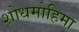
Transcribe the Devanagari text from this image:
शोधमोहिमा